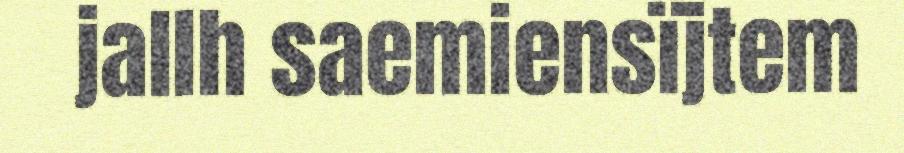
jallh saemiensïjtem